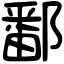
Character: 鄱